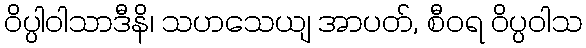
ဝိပ္ပါဝါသာဒီနိ၊ သဟသေယျ အာပတ်, စီဝရ ဝိပ္ပဝါသ